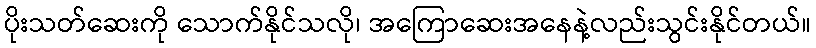
ပိုးသတ်ဆေးကို သောက်နိုင်သလို၊ အကြောဆေးအနေနဲ့လည်းသွင်းနိုင်တယ်။